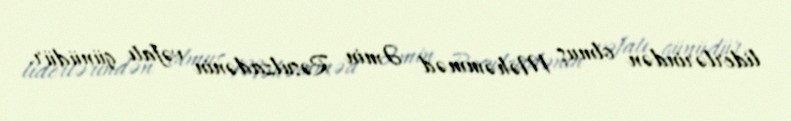
liderlərindən olmuş Məhəmməd Əmin Rəsulzadənin vəfatı günüdür.